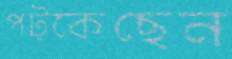
পট্‌কেছেন